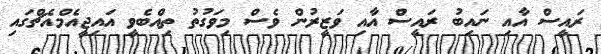
ރައީސް އާއި ނައިބު ރައީސް އާއި ވަޒީރުން ވެސް މިވަގުތު ތިއްބެވީ އައިޖީއެމްއެޗްގައި